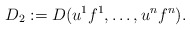
\begin{align*}D_2:=D(u^1f^1,\dots,u^nf^n) .\end{align*}